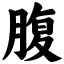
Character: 腹